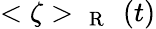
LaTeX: <\zeta>_{\mathrm{~{~\mathbf~R~}~}}(t)